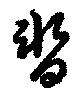
暫